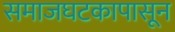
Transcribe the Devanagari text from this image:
समाजघटकापासून